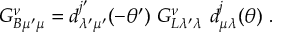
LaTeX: G _ { B \mu ^ { \prime } \mu } ^ { \nu } = d _ { \lambda ^ { \prime } \mu ^ { \prime } } ^ { j ^ { \prime } } ( - \theta ^ { \prime } ) \ G _ { L \lambda ^ { \prime } \lambda } ^ { \nu } \ d _ { \mu \lambda } ^ { j } ( \theta ) \ .